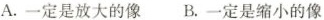
A.一定是放大的像B.一定是缩小的像